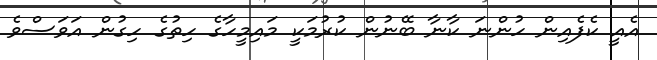
އެއީ ކެފެއިން ހުންނަ ކާނާ ބޭނުން ކުރުމަކީ މައިމީހާގެ ހިތުގެ ހިގުން އަވަސްވެ